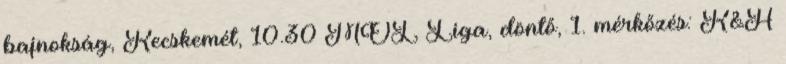
bajnokság, Kecskemét, 10.30 MOL Liga, döntő, 1. mérkőzés: K&H